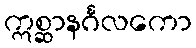
ဣစ္ဆာနင်္ဂလကော